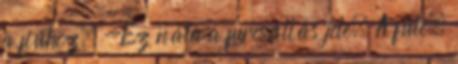
a fiúhoz. -Ez nála a furcsállás jele. A füle.